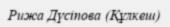
Рижа Дүсіпова (Құлкеш)